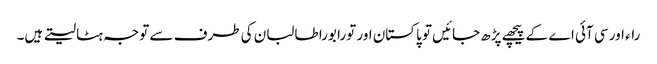
راء اور سی آئی اے کے پیچھے پڑھ جائیں تو پاکستان اور تورا بورا طالبان کی طرف سے توجہ ہٹا لیتے ہیں۔